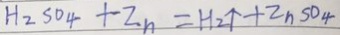
H _ { 2 } S O _ { 4 } + Z n = H _ { 2 } \uparrow + Z n S O _ { 4 }